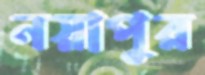
নয়াপুর